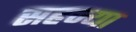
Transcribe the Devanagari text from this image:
सहज्या